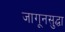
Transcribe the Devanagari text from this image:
जागूनसुद्धा